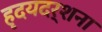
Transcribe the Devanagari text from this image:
हृदयदर्शना